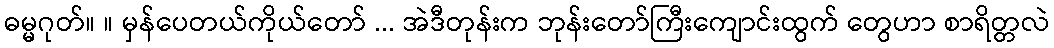
ဓမ္မဂုတ်။ ။ မှန်ပေတယ်ကိုယ်တော် ... အဲဒီတုန်းက ဘုန်းတော်ကြီးကျောင်းထွက် တွေဟာ စာရိတ္တလဲ